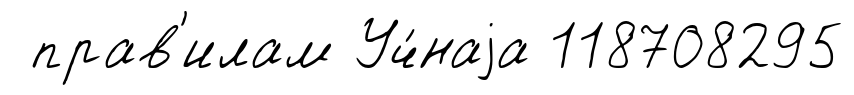
прав'илам Уч́наjа 118708295